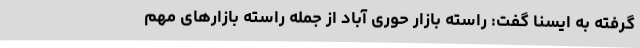
گرفته به ایسنا گفت: راسته بازار حوری آباد از جمله راسته بازارهای مهم